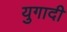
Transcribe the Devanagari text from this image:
युगादी